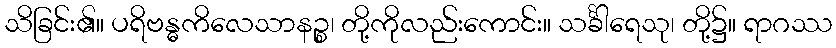
သိခြင်း၏။ ပရိဗန္ဓကိလေသာနဉ္စ၊ တို့ကိုလည်းကောင်း။ သင်္ခါရေသု၊ တို့၌။ ရာဂဿ